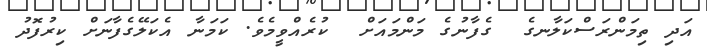
އަދި ތިމަންރަސްކަލާނގެ  ގެފާނުގެ މަންމައަށް  ކުރެއްވީމެވެ. ކަމަނާ އެކަލޭގެފާނަށް ކިރުފޮދު